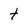
Character: t